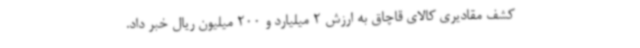
کشف مقادیری کالای قاچاق به ارزش 2 میلیارد و 200 میلیون ریال خبر داد.